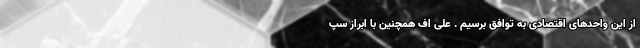
از این واحدهای اقتصادی به توافق برسیم . علی اف همچنین با ابراز سپ